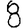
Digit: 8